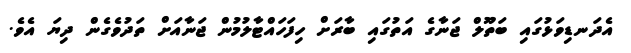
އެދަނޑިވަޅުގައި ބަތޫލް ޖަނާގެ އަތުގައި ބާރަށް ހިފަހައްޓާލުމުން ޖަނާއަށް ތަދުވެގެން ދިޔަ އެވެ.